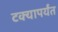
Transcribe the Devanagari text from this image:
टक्यापर्यंत